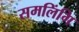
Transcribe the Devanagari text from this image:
समलिंगि